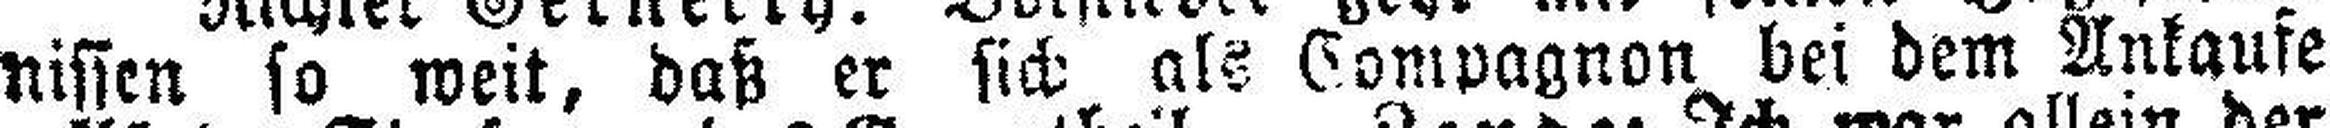
nissen so weit, daß er sich als Compagnon bei dem Ankaufe